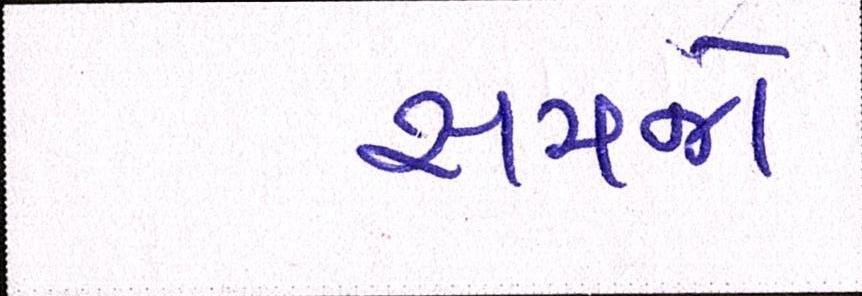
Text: સમજો